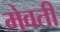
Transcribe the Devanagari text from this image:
मेवती